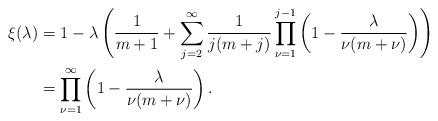
LaTeX: \begin{align*}\xi(\lambda )&=1-\lambda \left(\frac{1}{m+1}+\sum_{j=2}^\infty\frac{1}{j(m+j)}\prod_{\nu=1}^{j-1}\left(1-\frac{\lambda }{\nu(m+\nu)}\right)\right)\\&=\prod_{\nu=1}^\infty\left(1-\frac{\lambda }{\nu(m+\nu)}\right).\end{align*}